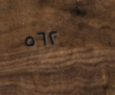
٥٦٢